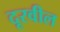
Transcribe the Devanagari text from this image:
दूरवील